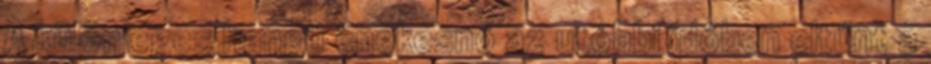
A különleges hangú énekesnő az utóbbi időben eltűnt a